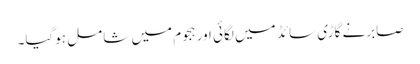
صابرنے گاڑی سائڈ میں لگائی اور ہجوم میں شامل ہوگیا۔